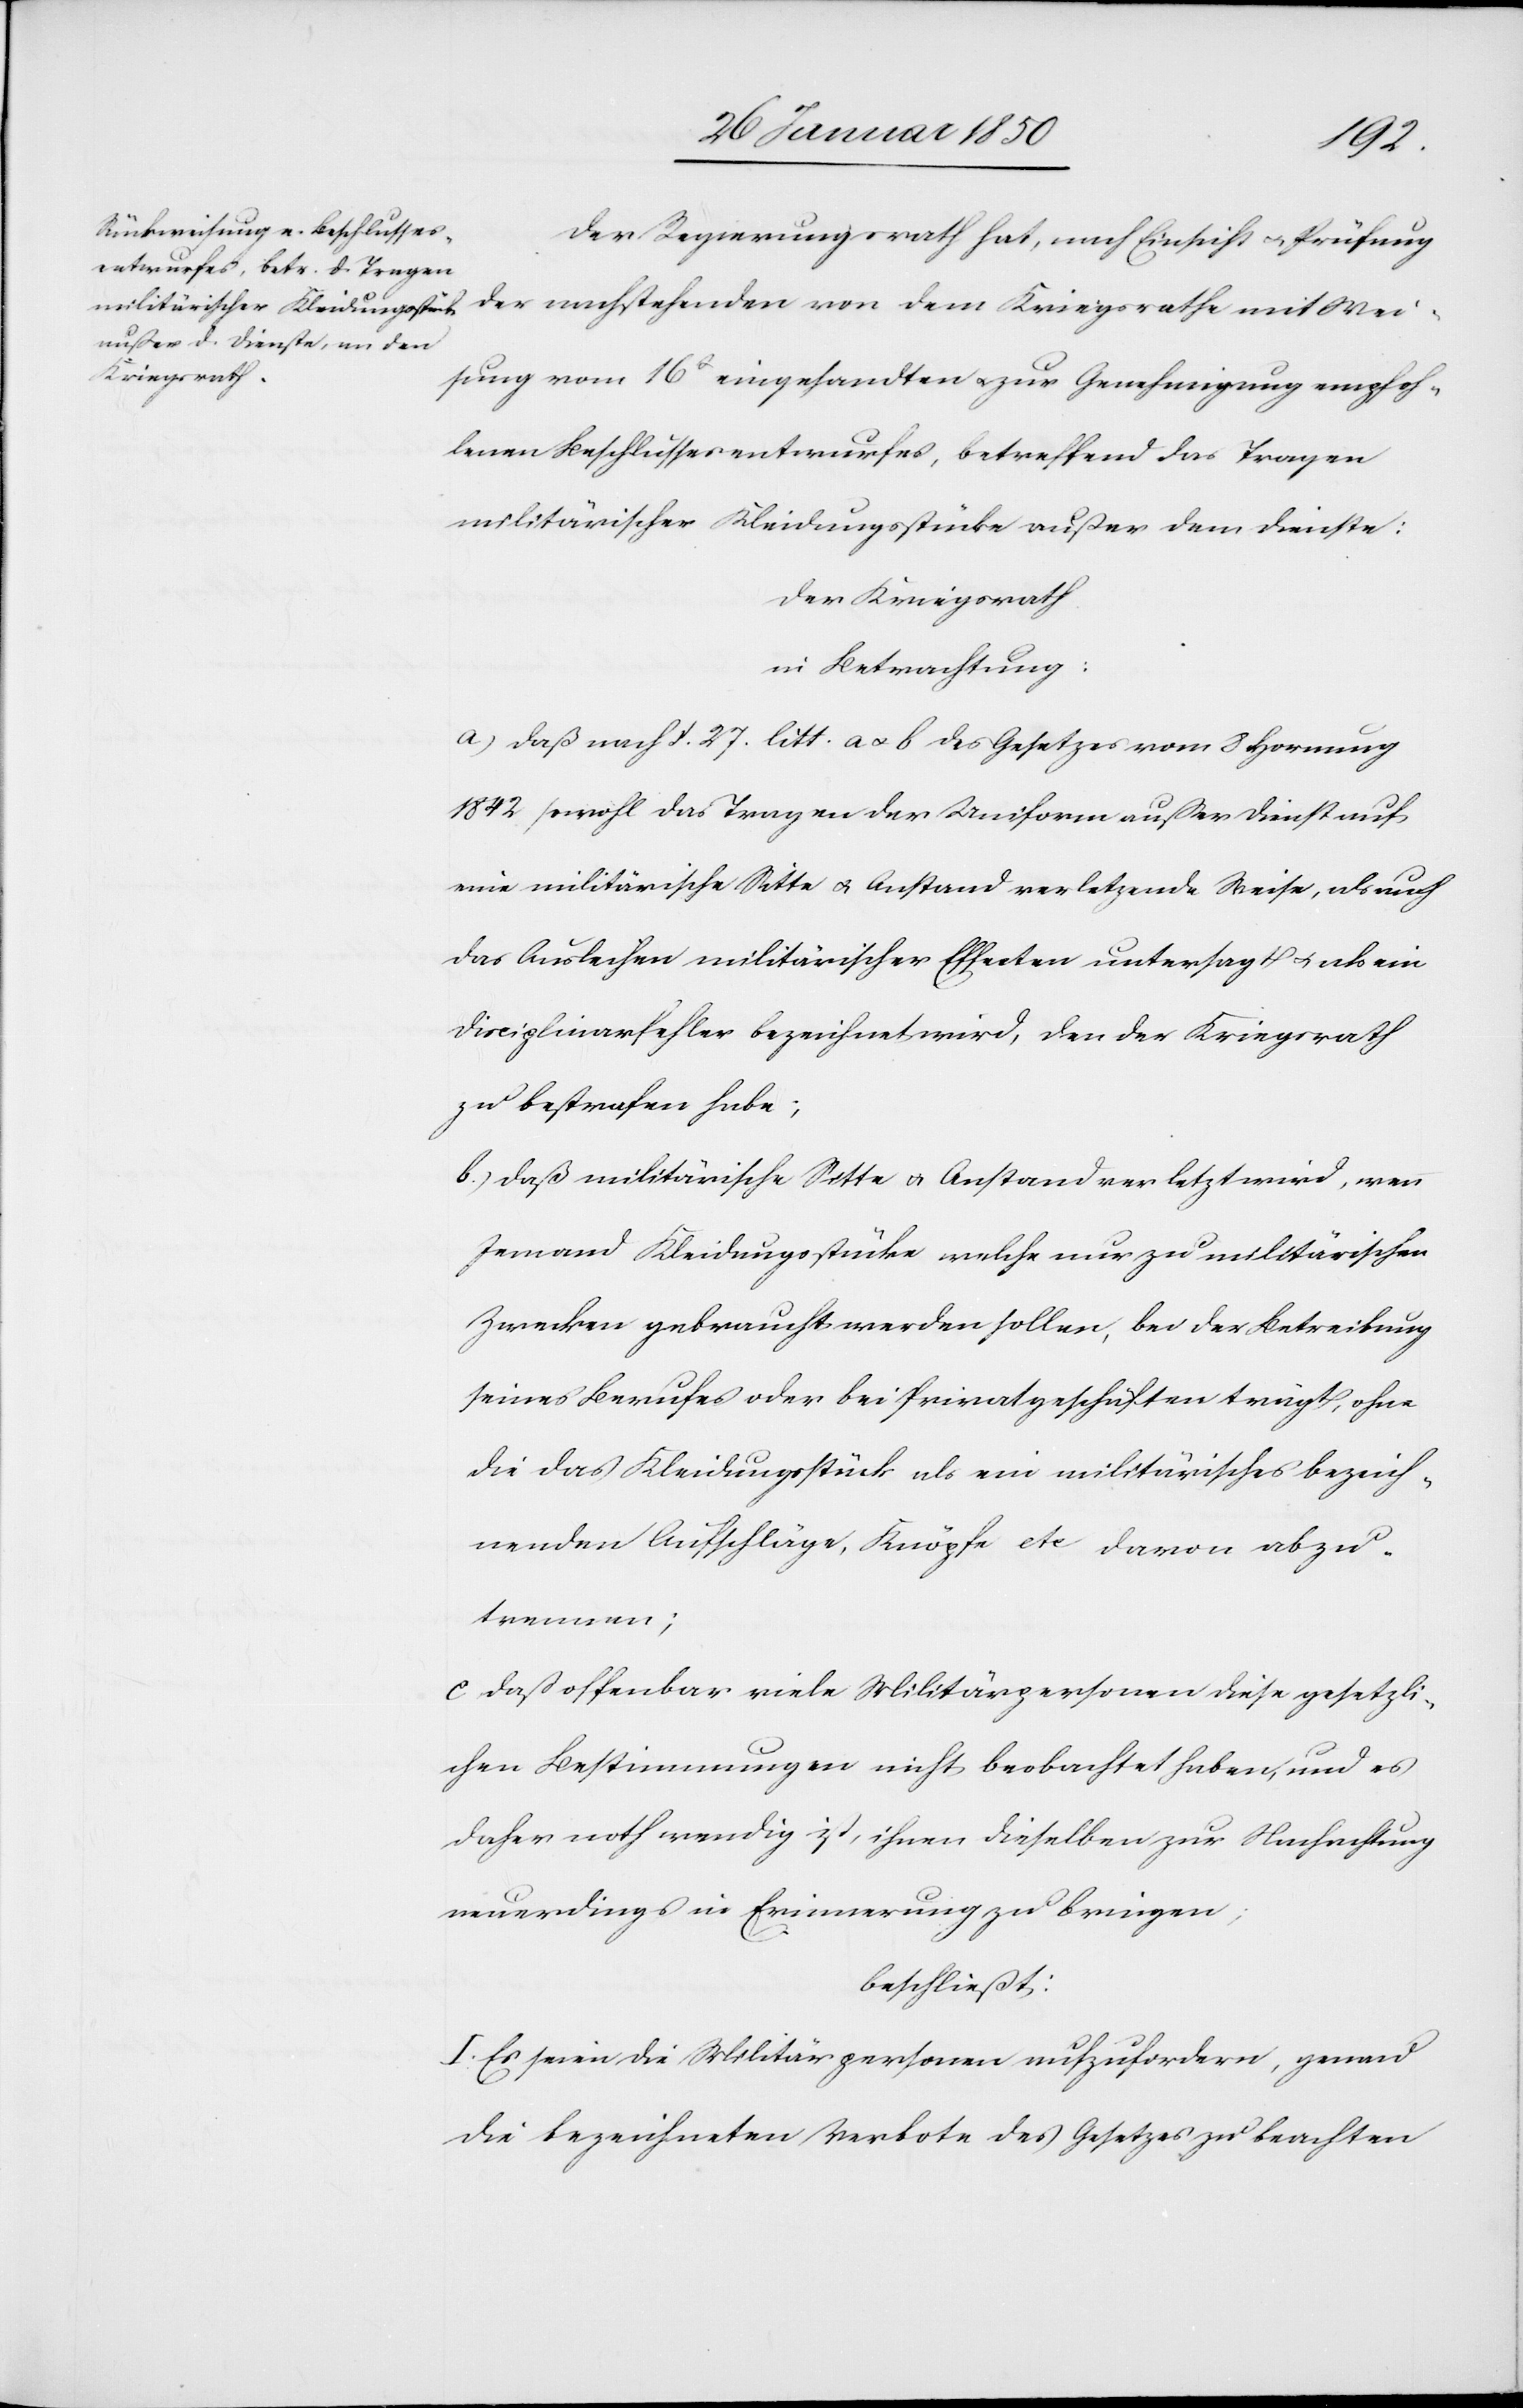
Der Regierungsrath hat, nach Einsicht u. Prüfung
der nachstehenden von dem Kriegsrathe mit Wei¬
sung vom 16t eingesandten u. zur Genehmigung empfoh¬
lenen Beschlussesentwurfes, betreffend das Tragen
militärischer Kleidungsstücke außer dem Dienste:
Der Kriegsrath
in Betrachtung:
a) Daß nach §. 27. litt. a u. b des Gesetzes vom 8 Hornung
1842 sowohl das Tragen der Uniform außer Dienst auf
eine militärische Sitte u. Anstand verletzende Weise, als auch
das Ausleihen militärischer Effecten untersagt u. als ein
Disciplinarfehler bezeichnet wird, den der Kriegsrath
zu bestrafen habe;
b.) Daß militärische Sitte u. Anstand verletzt wird, wenn
Jemand Kleidungsstücke welche nur zu militärischen
Zwecken gebraucht werden sollen, bei der Betreibung
seines Berufes oder bei Privatgeschäften trägt, ohne
die das Kleidungsstück als ein militärisches bezeich¬
nenden Aufschläge, Knöpfe etc davon abzu¬
trennen;
c Daß offenbar viele Militärpersonen diese gesetzli¬
chen Bestimmungen nicht beobachtet haben, und es
daher nohtwendig ist, ihnen dieselben zur Nachachtung
neuerdings in Erinnerung zu bringen;
beschließt:
I. Es seien die Militärpersonen aufzufordern, genau
die bezeichneten Verbote des Gesetzes zu beachten